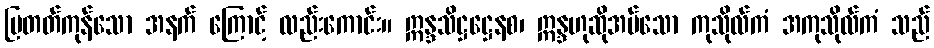
ပြတတ်ကုန်သော အနက် ကြောင့် လည်းကောင်း။ ဣန္ဒသိဋ္ဌဋ္ဌေနစ၊ ဣန္ဒဟုဆိုအပ်သော ကုသိုလ်ကံ အကုသိုလ်ကံ သည်